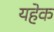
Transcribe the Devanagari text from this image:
यहेक